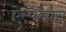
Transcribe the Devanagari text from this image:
ऐस्पैरेगस